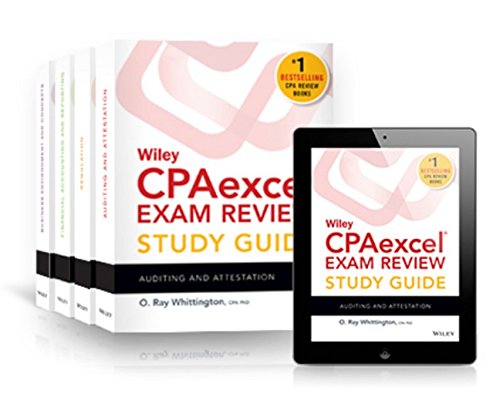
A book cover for Wiley CPAexcel Exam Review 2015 Study Guide July: Set (Wiley Cpa Exam Review); O. Ray Whittington; Test Preparation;